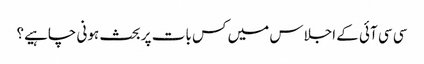
سی سی آئی کے اجلاس میں کس بات پر بحث ہونی چاہیے؟